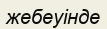
жебеуінде